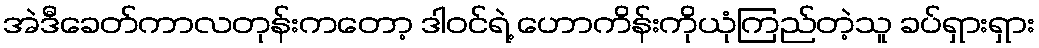
အဲဒီခေတ်ကာလတုန်းကတော့ ဒါဝင်ရဲ့ ဟောကိန်းကိုယုံကြည်တဲ့သူ ခပ်ရှားရှား